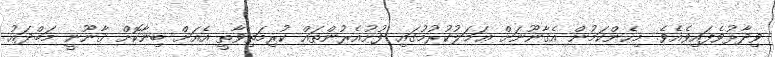
ވިދާޅުވެފައިވެއެވެ. މިހެންކަމުން އެޤާނޫނަށް ޢަމަލުކުރުމުގައި ފުށުއެރުންތައް ކުރިމަތިވާތީ އެއަށް ބިނާކޮށް ޤާނޫނީ މަބްދައު